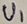
Text: V1